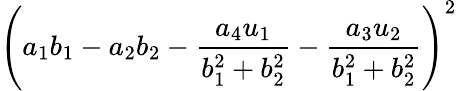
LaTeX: \left(a_{1}b_{1}-a_{2}b_{2}-{\frac{a_{4}u_{1}}{b_{1}^{2}+b_{2}^{2}}}-{\frac{a_{3}u_{2}}{b_{1}^{2}+b_{2}^{2}}}\right)^{2}